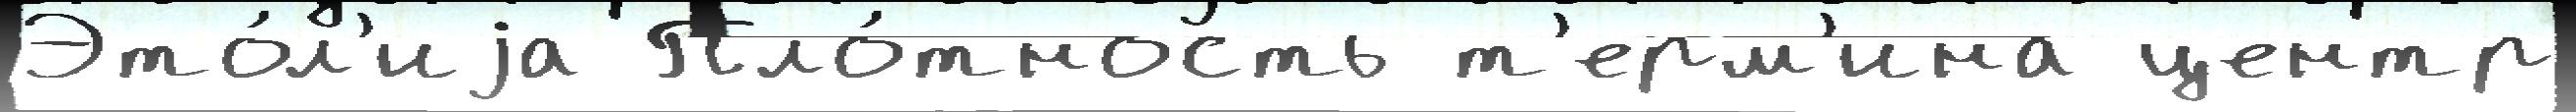
Это́л'иjа Пло́тность т'ерм'ина центр